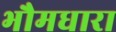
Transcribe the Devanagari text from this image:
भौमधारा